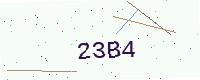
Text: 23B4